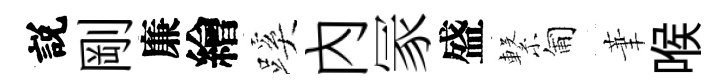
説剛廉繪蹊內冡盛繋匍茟喉